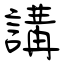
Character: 講